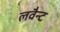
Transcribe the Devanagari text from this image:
लवैन्ट